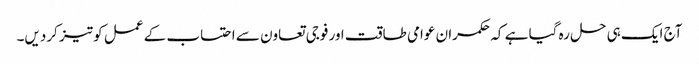
آج ایک ہی حل رہ گیا ہے کہ حکمران عوامی طاقت اور فوجی تعاون سے احتساب کے عمل کو تیز کردیں۔